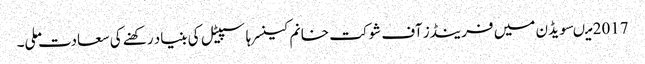
2017 میںسویڈن میں فرینڈز آف شوکت خانم کینسر ہاسپیٹل کی بنیاد رکھنے کی سعادت ملی۔